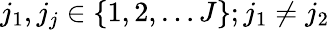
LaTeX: j_{1},j_{j}\in\{ 1,2,\dots J\} ;j_{1}\not=j_{2}